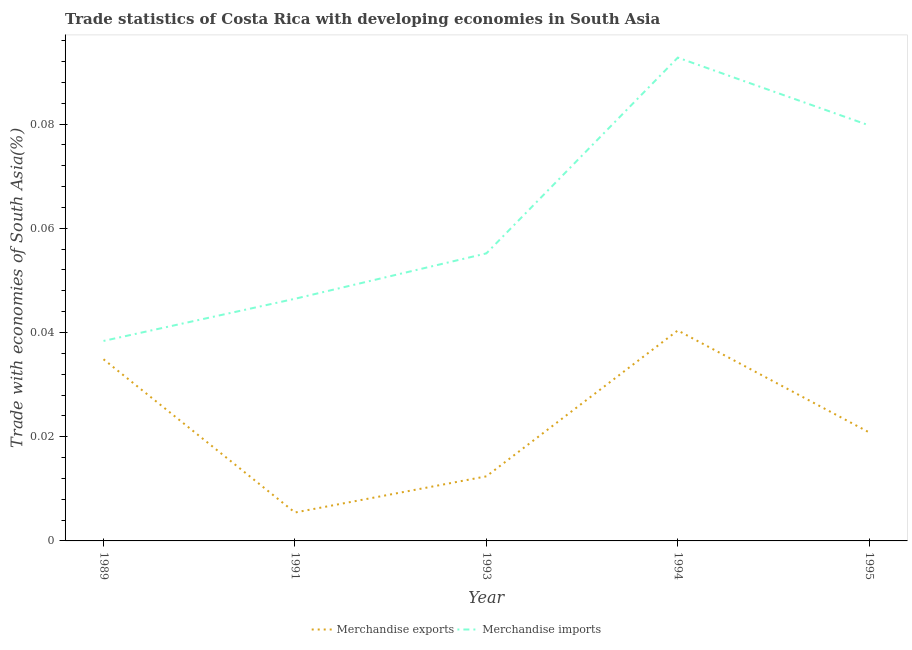
| Year | Merchandise exports | Merchandise imports |
 | --- | --- | --- |
 | 1989 | 0.0349 | 0.0384 |
 | 1991 | 0.00545 | 0.0465 |
 | 1993 | 0.0124 | 0.0552 |
 | 1994 | 0.0404 | 0.0928 |
 | 1995 | 0.0208 | 0.0797 |